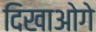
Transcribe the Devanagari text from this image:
दिखाओगे